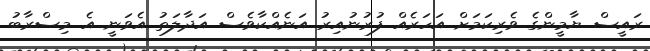
ރައީސް ޔާމީންގެ ވެރިކަމަށް އަހަރެއް ފުރުނުއިރު އަނެއްކާވެސް އަދާލަތު އެވަނީ އެ މިސްރާބު